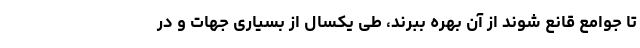
تا جوامع قانع شوند از آن بهره ببرند، طی یکسال از بسیاری جهات و در